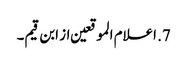
7. اعلام الموقعین از ابن قیم۔